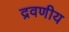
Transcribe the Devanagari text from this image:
द्रवणीय